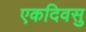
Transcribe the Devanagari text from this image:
एकदिवसु